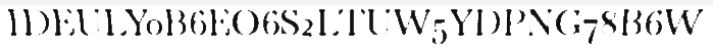
IDEULY0B6EO6S2LTUW5YDPNG78B6W